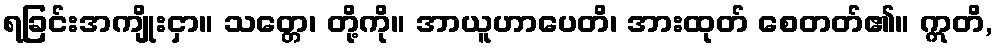
ရခြင်းအကျိုးငှာ။ သတ္တေ၊ တို့ကို။ အာယူဟာပေတိ၊ အားထုတ် စေတတ်၏။ ဣတိ,